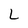
Character: L